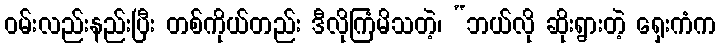
ဝမ်းလည်းနည်းပြီး တစ်ကိုယ်တည်း ဒီလိုကြံမိသတဲ့၊ “ဘယ်လို ဆိုးရွားတဲ့ ရှေးကံက